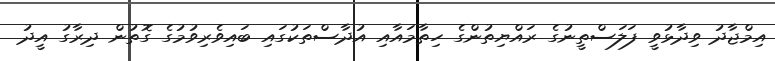
އިމްޖާދު ވިދާޅުވީ ފަލަސްތީނުގެ ރައްޔިތުންގެ ހިތާމައާއި އުދާސްތަކުގައި ބައިވެރިވުމުގެ ގޮތުން ދިރާގު އީދު